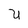
Character: U